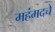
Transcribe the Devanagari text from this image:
महंमदचे